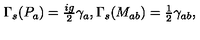
\Gamma _ { s } ( P _ { a } ) = { \textstyle \frac { i g } { 2 } } \gamma _ { a } , \Gamma _ { s } ( M _ { a b } ) = { \textstyle \frac { 1 } { 2 } } \gamma _ { a b } ,